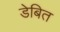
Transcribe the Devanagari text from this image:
डेबित